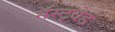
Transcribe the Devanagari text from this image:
नॅस्ट्वेड